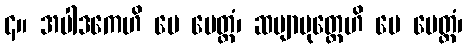
၄။ အပါဒကေဟိ မေ မေတ္တံ၊ ဆဗျာပုတ္တေဟိ မေ မေတ္တံ၊